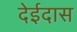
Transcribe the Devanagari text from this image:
देईदास